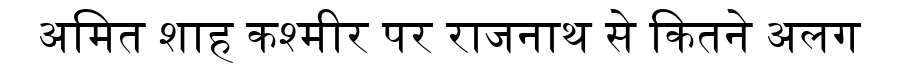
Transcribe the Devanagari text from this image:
अमित शाह कश्मीर पर राजनाथ से कितने अलग